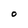
Character: O